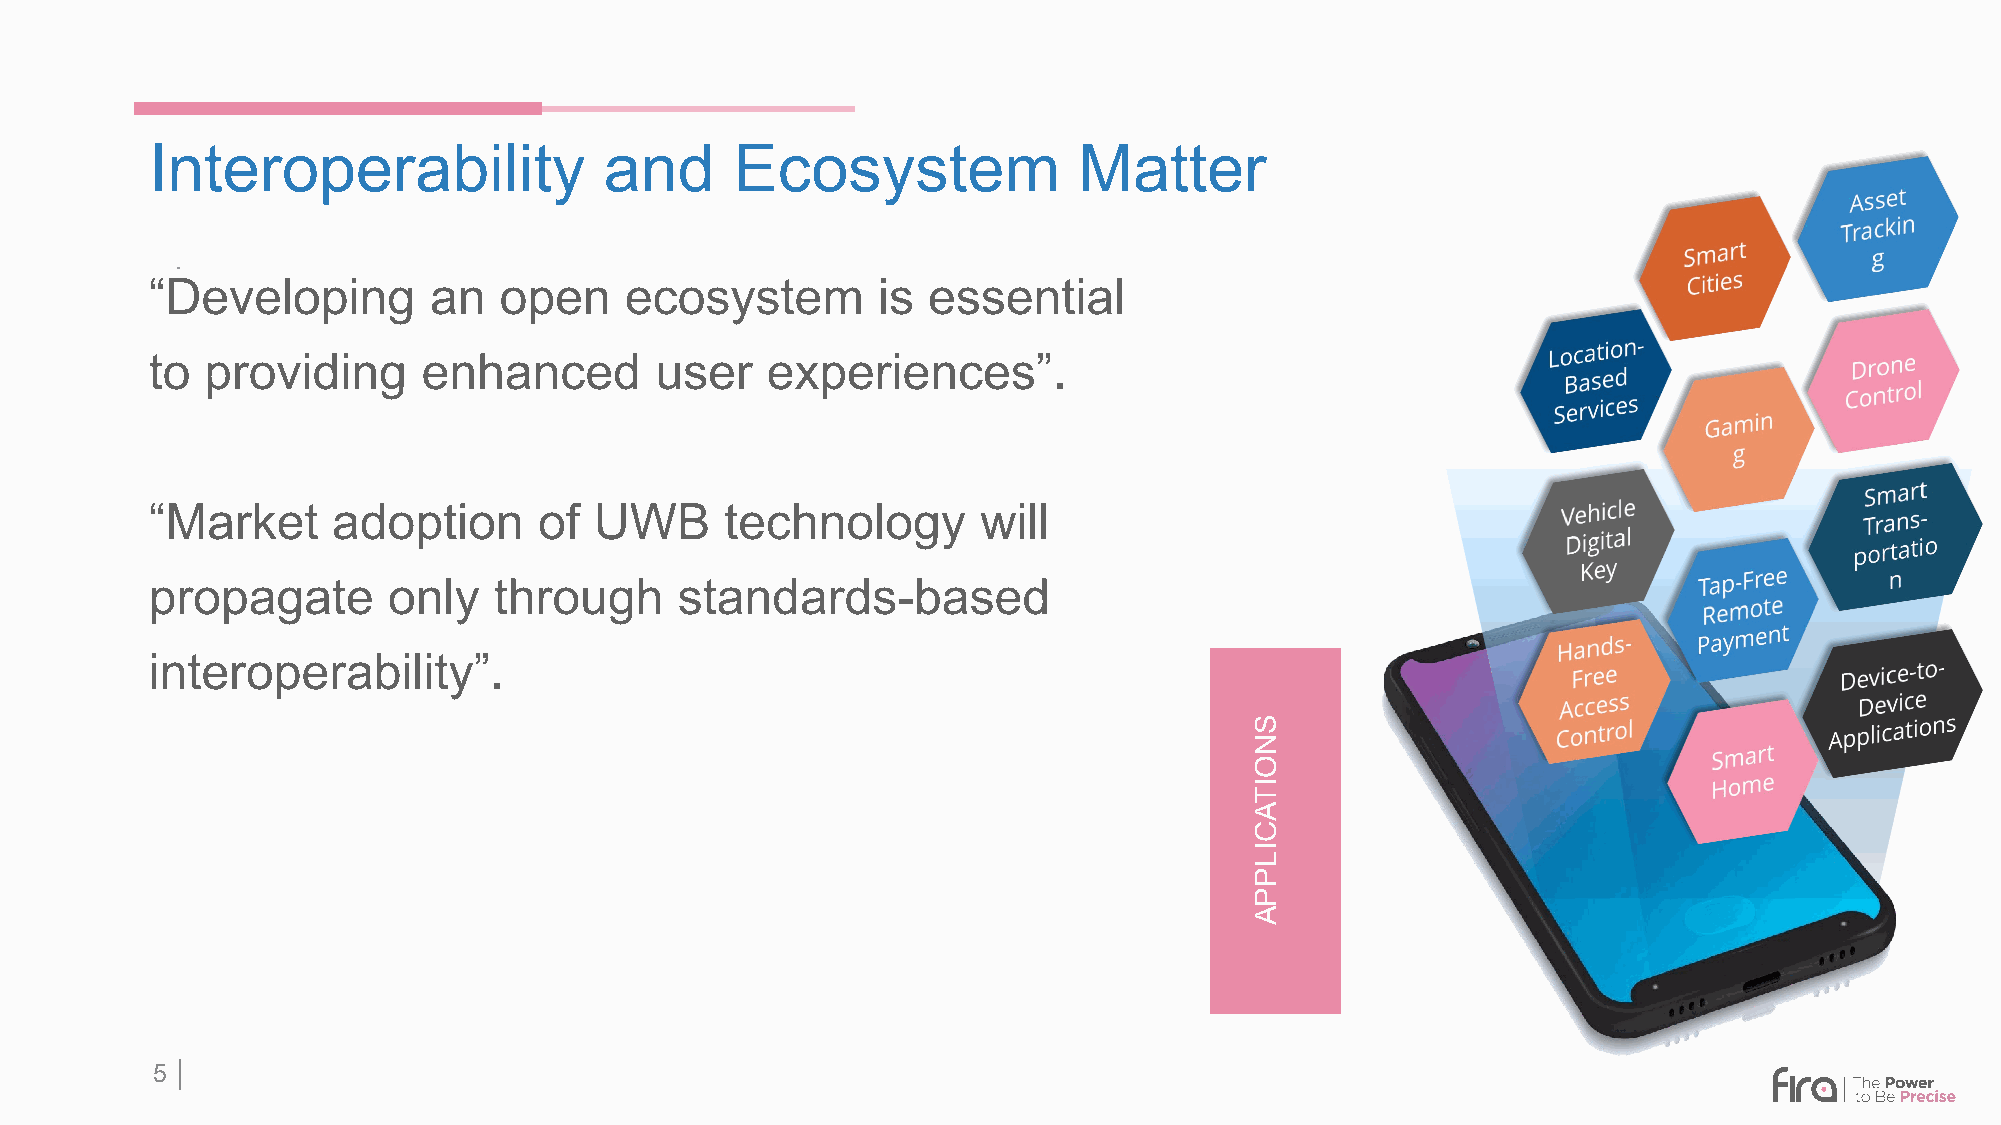
Interoperability              and      Ecosystem             Matter
 .
 “Developing       an   open    ecosystem        is essential
 to  providing     enhanced       user    experiences”.
 “Market     adoption      of UWB      technology       will
 propagate       only   through     standards-based
 interoperability”.
 5 │
 SNOITACILPPA